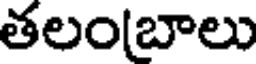
తలం(బాలు